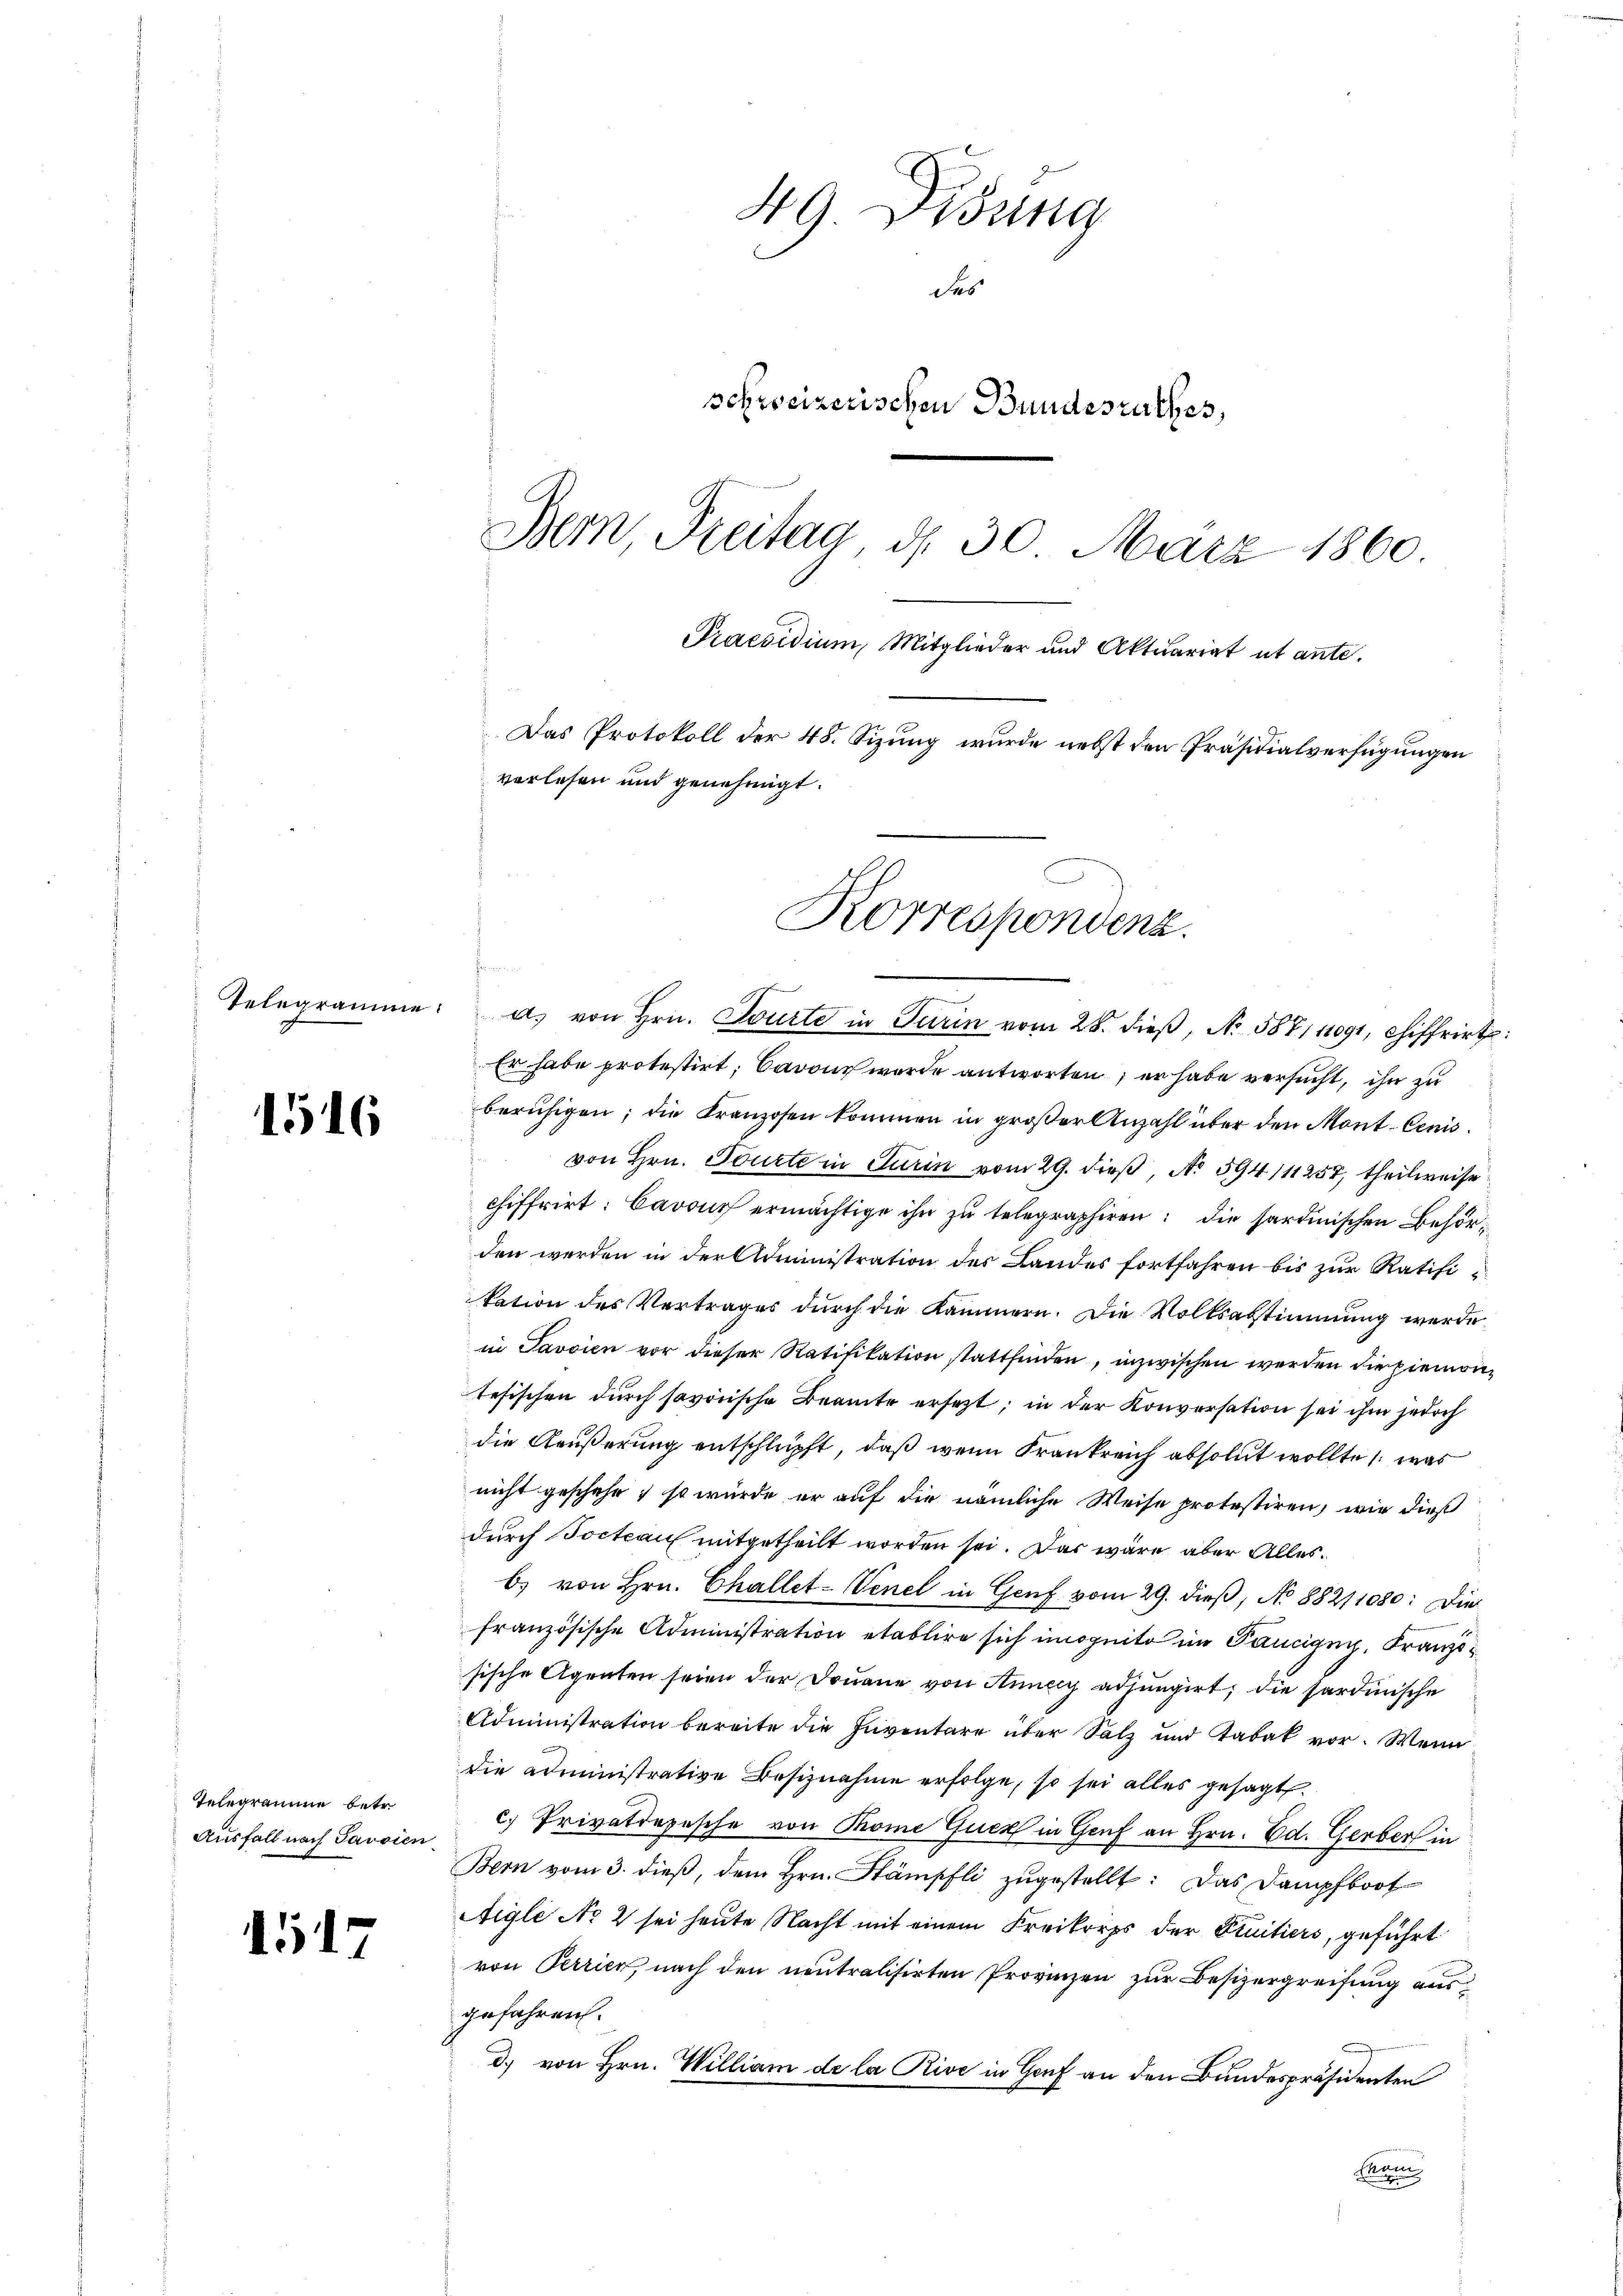
1516

Telegramme betr.
Ausfall nach Pausien

1517

49. Disung
des
schweizerischen Bundesrathes,
Bern, Freitag, d. 30. März 1860.
Praesidium, Mitglieder und Aktuariat ut ante.
Das Protokoll der 48. Sizung wurde nebst den Präsidialverfügungen
verlesen und genehmigt.
Korrespondenz.

t
Telegramme: a) von Hrn. Tourte in Turin vom 28. dieß, No. 587, 11091, chiffrirt
Er habe protestirt, Barons wurde antworten, er habe versucht, ihn zu
beruhigen; die Franzosen kommen in großer Anzahl über den Mont. Cenis¬
 von Hrn. Tourte in Turin vom 29. dieß, No 594/11257, theilweise
chiffrirt: Cavour ermächtige ihn zu telegraphiren: die sardinischen Behörden werden in der Administration des Landes fortfahren bis zur Ratifikation des Vertrages dŭrch die Kammern. Die Volksabstimmung werde
in Javaien vor dieser Ratifikation stattfinden, inzwischen werden die Piemon-
tefischen durch savorische Beamte ersezt; in der Konversation sei ihm jedoch
die Aeußerung entschlüpft, daß wenn Frankreich absolut wollte, was
nicht geschehe; so würde er auf die nämliche Weise protestiren, wie dieß
durch Socteau mitgetheilt worden sei. Das wäre aber Alles.
b) von Hrn. Challet-Venel in Genf vom 29. dieß, No 88211080: Die
französische Administration etablire sich inszeit im Pancigny, Franzsische Agenten seien der Douane von Annay adjungirt, die sardinische
Administration bereite die Inventare über Salz und Tabak vor. Wenn
die Administrative Besiznahme erfolge, so sei alles gesagt.
c) Privatdojesche von Thome Euer in Genf an Hrn. Ed. Gerber in
Bern vom 3. dieß, dem Hrn. Stämpfli zugestellt: Das Dampfboot
Aigle No 2 sei heute Nacht mit einem Kreikorps der Fruitiers, geführt
von Perrier, nach den neutralisirten Provinzen zur Besizergreifung aus
gefahren.
d) von Hrn. William de la Rive in Graf an den Bundespräsidenten
Mai